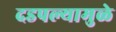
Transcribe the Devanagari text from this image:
दडपल्यामुळे